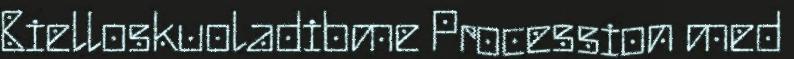
Bielloskuoladibme Procession med